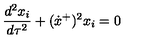
\frac { d ^ { 2 } x _ { i } } { d \tau ^ { 2 } } + ( \dot { x } ^ { + } ) ^ { 2 } x _ { i } = 0